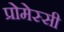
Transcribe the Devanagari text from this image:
प्रोमेस्सी